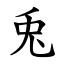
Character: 兎